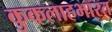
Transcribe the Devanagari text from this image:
कुकलाहभारत